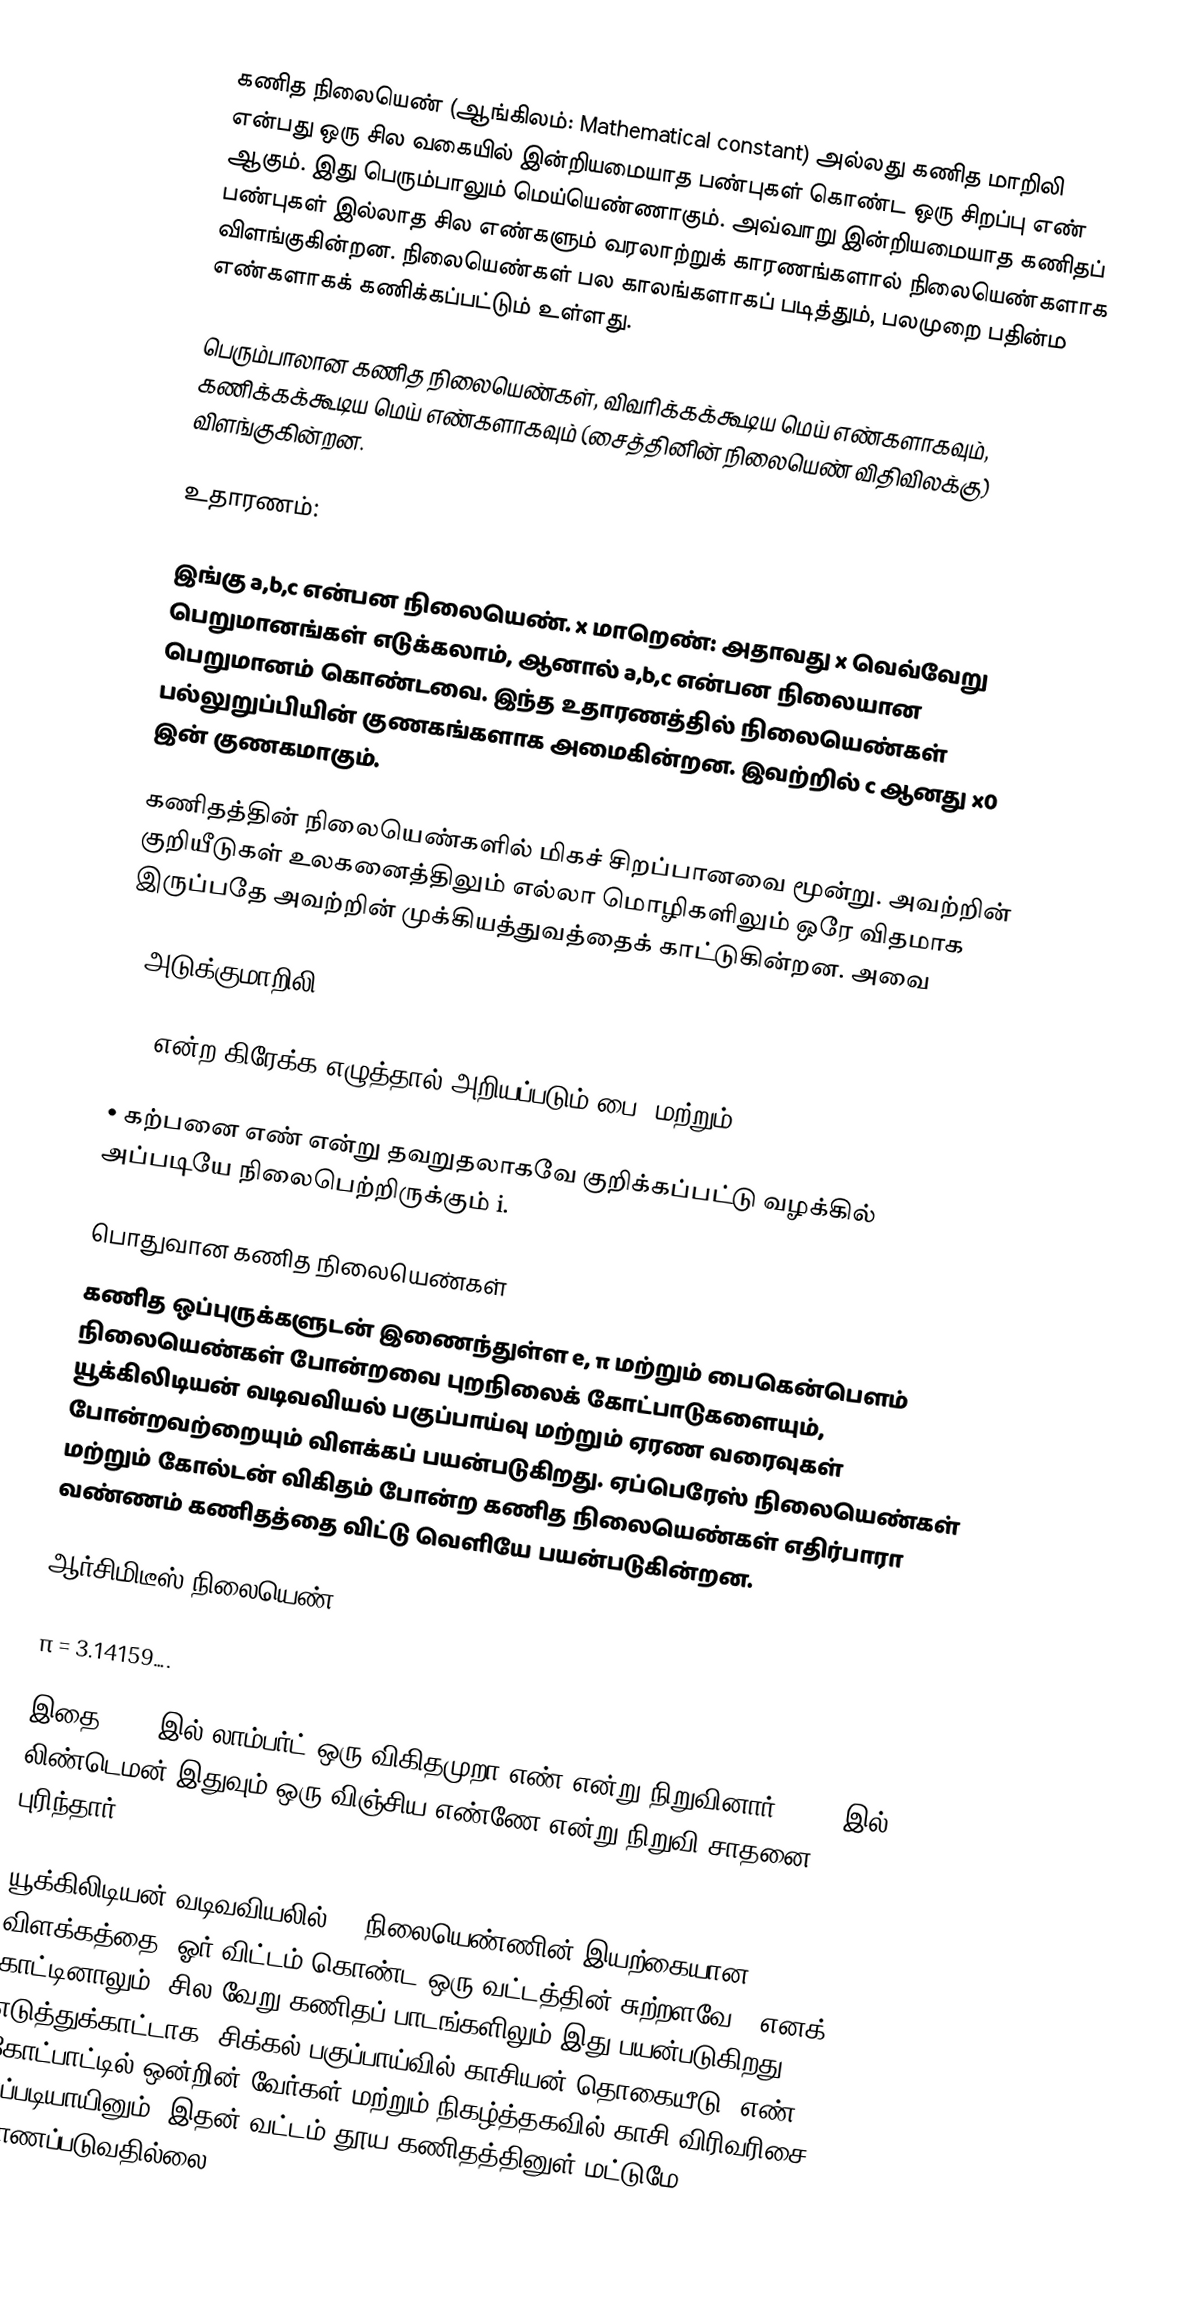
கணித நிலையெண் (ஆங்கிலம்: Mathematical constant) அல்லது கணித மாறிலி என்பது ஒரு சில வகையில் இன்றியமையாத பண்புகள் கொண்ட ஒரு சிறப்பு எண் ஆகும். இது  பெரும்பாலும் மெய்யெண்ணாகும். அவ்வாறு இன்றியமையாத கணிதப் பண்புகள் இல்லாத சில எண்களும் வரலாற்றுக் காரணங்களால் நிலையெண்களாக விளங்குகின்றன. நிலையெண்கள் பல காலங்களாகப் படித்தும், பலமுறை பதின்ம எண்களாகக் கணிக்கப்பட்டும் உள்ளது.

பெரும்பாலான கணித நிலையெண்கள், விவரிக்கக்கூடிய மெய் எண்களாகவும், கணிக்கக்கூடிய மெய் எண்களாகவும் (சைத்தினின் நிலையெண் விதிவிலக்கு) விளங்குகின்றன.

உதாரணம்:

இங்கு a,b,c என்பன நிலையெண். x மாறெண்: அதாவது x வெவ்வேறு பெறுமானங்கள் எடுக்கலாம், ஆனால் a,b,c என்பன நிலையான பெறுமானம் கொண்டவை. இந்த உதாரணத்தில் நிலையெண்கள் பல்லுறுப்பியின் குணகங்களாக அமைகின்றன. இவற்றில் c ஆனது x0 இன் குணகமாகும்.

கணிதத்தின் நிலையெண்களில் மிகச் சிறப்பானவை மூன்று. அவற்றின் குறியீடுகள் உலகனைத்திலும் எல்லா மொழிகளிலும் ஒரே விதமாக இருப்பதே அவற்றின் முக்கியத்துவத்தைக் காட்டுகின்றன. அவை

•	அடுக்குமாறிலி e (the exponential)

•	π  என்ற கிரேக்க எழுத்தால் அறியப்படும்  பை, மற்றும்,

•	கற்பனை எண் என்று தவறுதலாகவே குறிக்கப்பட்டு வழக்கில் அப்படியே நிலைபெற்றிருக்கும் i.

பொதுவான கணித நிலையெண்கள்
கணித ஒப்புருக்களுடன் இணைந்துள்ள e, π மற்றும் பைகென்பௌம் நிலையெண்கள் போன்றவை புறநிலைக் கோட்பாடுகளையும், யூக்கிலிடியன் வடிவவியல் பகுப்பாய்வு மற்றும் ஏரண வரைவுகள் போன்றவற்றையும் விளக்கப் பயன்படுகிறது. ஏப்பெரேஸ் நிலையெண்கள் மற்றும் கோல்டன் விகிதம் போன்ற கணித நிலையெண்கள் எதிர்பாரா வண்ணம் கணிதத்தை விட்டு வெளியே பயன்படுகின்றன.

ஆர்சிமிடீஸ் நிலையெண் π

π   = 3.14159….

இதை 1767 இல் லாம்பர்ட் ஒரு விகிதமுறா எண் என்று நிறுவினார். 1882 இல் லிண்டெமன்  இதுவும்  ஒரு விஞ்சிய எண்ணே என்று நிறுவி சாதனை புரிந்தார்.

யூக்கிலிடியன் வடிவவியலில், π நிலையெண்ணின் இயற்கையான விளக்கத்தை "ஓர் விட்டம் கொண்ட ஒரு வட்டத்தின் சுற்றளவே " எனக் காட்டினாலும், சில வேறு கணிதப் பாடங்களிலும் இது பயன்படுகிறது. எடுத்துக்காட்டாக, சிக்கல் பகுப்பாய்வில் காசியன் தொகையீடு, எண் கோட்பாட்டில் ஒன்றின் வேர்கள் மற்றும் நிகழ்த்தகவில் காசி விரிவரிசை. எப்படியாயினும், இதன் வட்டம் தூய கணிதத்தினுள் மட்டுமே காணப்படுவதில்லை.